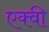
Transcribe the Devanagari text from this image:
एक्वी